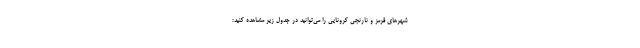
شهرهای قرمز و نارنجی کرونایی را می‌توانید در جدول زیر مشاهده کنید: